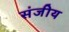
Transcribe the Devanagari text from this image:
संजीय